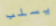
يسلب